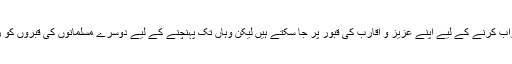
جواب : ایصالِ ثواب کرنے کے لیے اپنے عزیز و اَقارِب کی قبور پر جا سکتے ہیں لیکن وہاں تک پہنچنے کے لیے دوسرے مسلمانوں کی قبروں کو روندنا جائز نہیں۔